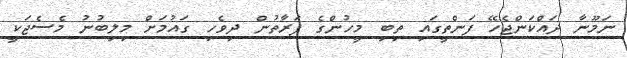
ނަމޫނާ ދައްކަންޖެހޭ ފަންތީގައި ތިބި މީހުންގެ ފަރާތުން ދިވެހި ގައުމަށް މިލިބުނު މެސެޖަކީ